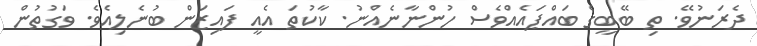
ދެރަނުވޭ. ތި ބޭބީގެ ބައްޕައެއްވެސް ހުންނާނެއްނު. ކާކުތަ އެއީ ފައިޒަން ބުނެލިއެވެ. ވަގުތުން